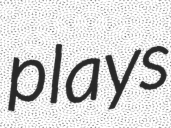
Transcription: plays